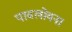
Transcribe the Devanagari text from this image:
पावलोवना